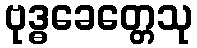
ဗုဒ္ဓခေတ္တေသု